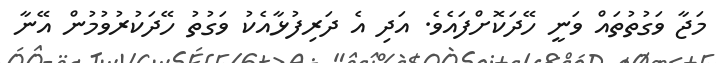
މަޖާ ވަގުތުތައް ވަނީ ހޭދަކޮށްފައެވެ. އަދި އެ ދަރިފުޅާއެކު ވަގުތު ހޭދަކުރުވުމުން އޭނާ